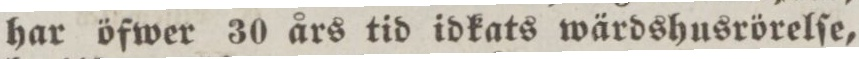
har öfwer 30 års tid idkats wärdshusrörelſe,